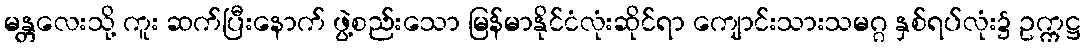
မန္တလေးသို့ ကူး ဆက်ပြီးနောက် ဖွဲ့စည်းသော မြန်မာနိုင်ငံလုံးဆိုင်ရာ ကျောင်းသားသမဂ္ဂ နှစ်ရပ်လုံး၌ ဥက္ကဋ္ဌ